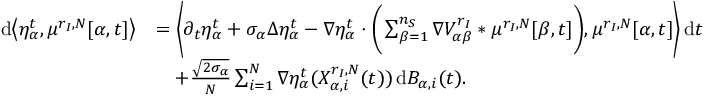
\begin{array} { r l } { \mathrm { d } \big \langle { \eta _ { \alpha } ^ { t } } , { \mu _ { } ^ { { r _ { I } } , N } } [ \alpha , t ] \big \rangle } & { = \bigg \langle \partial _ { t } { \eta _ { \alpha } ^ { t } } + \sigma _ { \alpha } \Delta { \eta _ { \alpha } ^ { t } } - \nabla { \eta _ { \alpha } ^ { t } } \cdot \bigg ( \sum _ { \beta = 1 } ^ { n _ { S } } \nabla { V _ { \alpha \beta } ^ { r _ { I } } } \ast { \mu _ { } ^ { { r _ { I } } , N } } [ \beta , t ] \bigg ) , { \mu _ { } ^ { { r _ { I } } , N } } [ \alpha , t ] \bigg \rangle \, \mathrm { d } t } \\ & { \quad + \frac { \sqrt { 2 \sigma _ { \alpha } } } { N } \sum _ { i = 1 } ^ { N } \nabla { \eta _ { \alpha } ^ { t } } ( X _ { \alpha , i } ^ { { r _ { I } } , N } ( t ) ) \, \mathrm { d } B _ { \alpha , i } ( t ) . } \end{array}